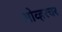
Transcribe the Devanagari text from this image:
ओव्हरचर